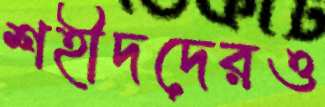
শহীদদেরও